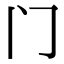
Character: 门